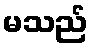
မသည်